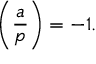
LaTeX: \left( { \frac { a } { p } } \right) = - 1 .